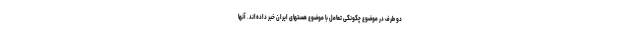
دو طرف در موضوع چگونگی تعامل با موضوع هستهای ایران خبر داده‌اند. آنها